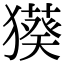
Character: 𤢑